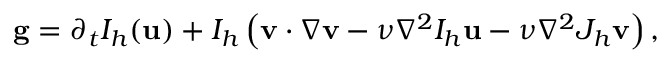
\begin{array} { r } { \mathbf { g } = \partial _ { t } I _ { h } ( \mathbf { u } ) + I _ { h } \left( \mathbf { v } \cdotp \nabla \mathbf { v } - \nu \nabla ^ { 2 } I _ { h } \mathbf { u } - \nu \nabla ^ { 2 } J _ { h } \mathbf { v } \right) , } \end{array}